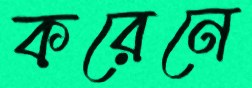
করেনে